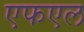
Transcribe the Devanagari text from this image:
एफएल